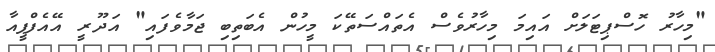
"މިހާރު ހޮސްޕިޓަލަށް އައިމަ މިހާރުވެސް އެތައްސަތޭކަ މީހުން އެބަތިބި ޖަމާވެފައި" އަދޫރީ އޭއެފްޕީއާ